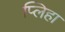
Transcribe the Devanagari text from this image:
प्लिहा